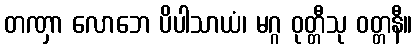
တဏှာ လောဘေ ပိပါသာယံ၊ မဂ္ဂ ဝုတ္တီသု ဝတ္တနီ။